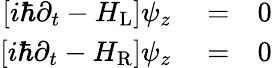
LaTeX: \begin{array}{rlr}{\left[i\hbar\partial_{t}-H_{\mathrm{L}}\right]\psi_{z}}&{{}=}&{0}\\ {\left[i\hbar\partial_{t}-H_{\mathrm{R}}\right]\psi_{z}}&{{}=}&{0}\end{array}